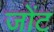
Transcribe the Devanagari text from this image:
जोंट